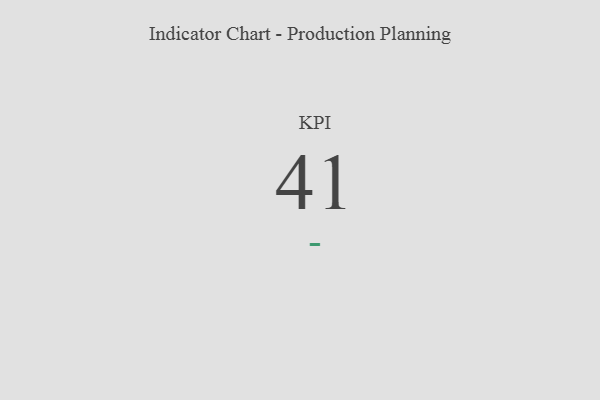
{"axis": {"x": "KPI", "y": "Value"}, "legend": [""], "data": [{"x": "KPI", "y": 41, "type": ""}]}